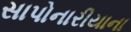
સાપોનારીયાના